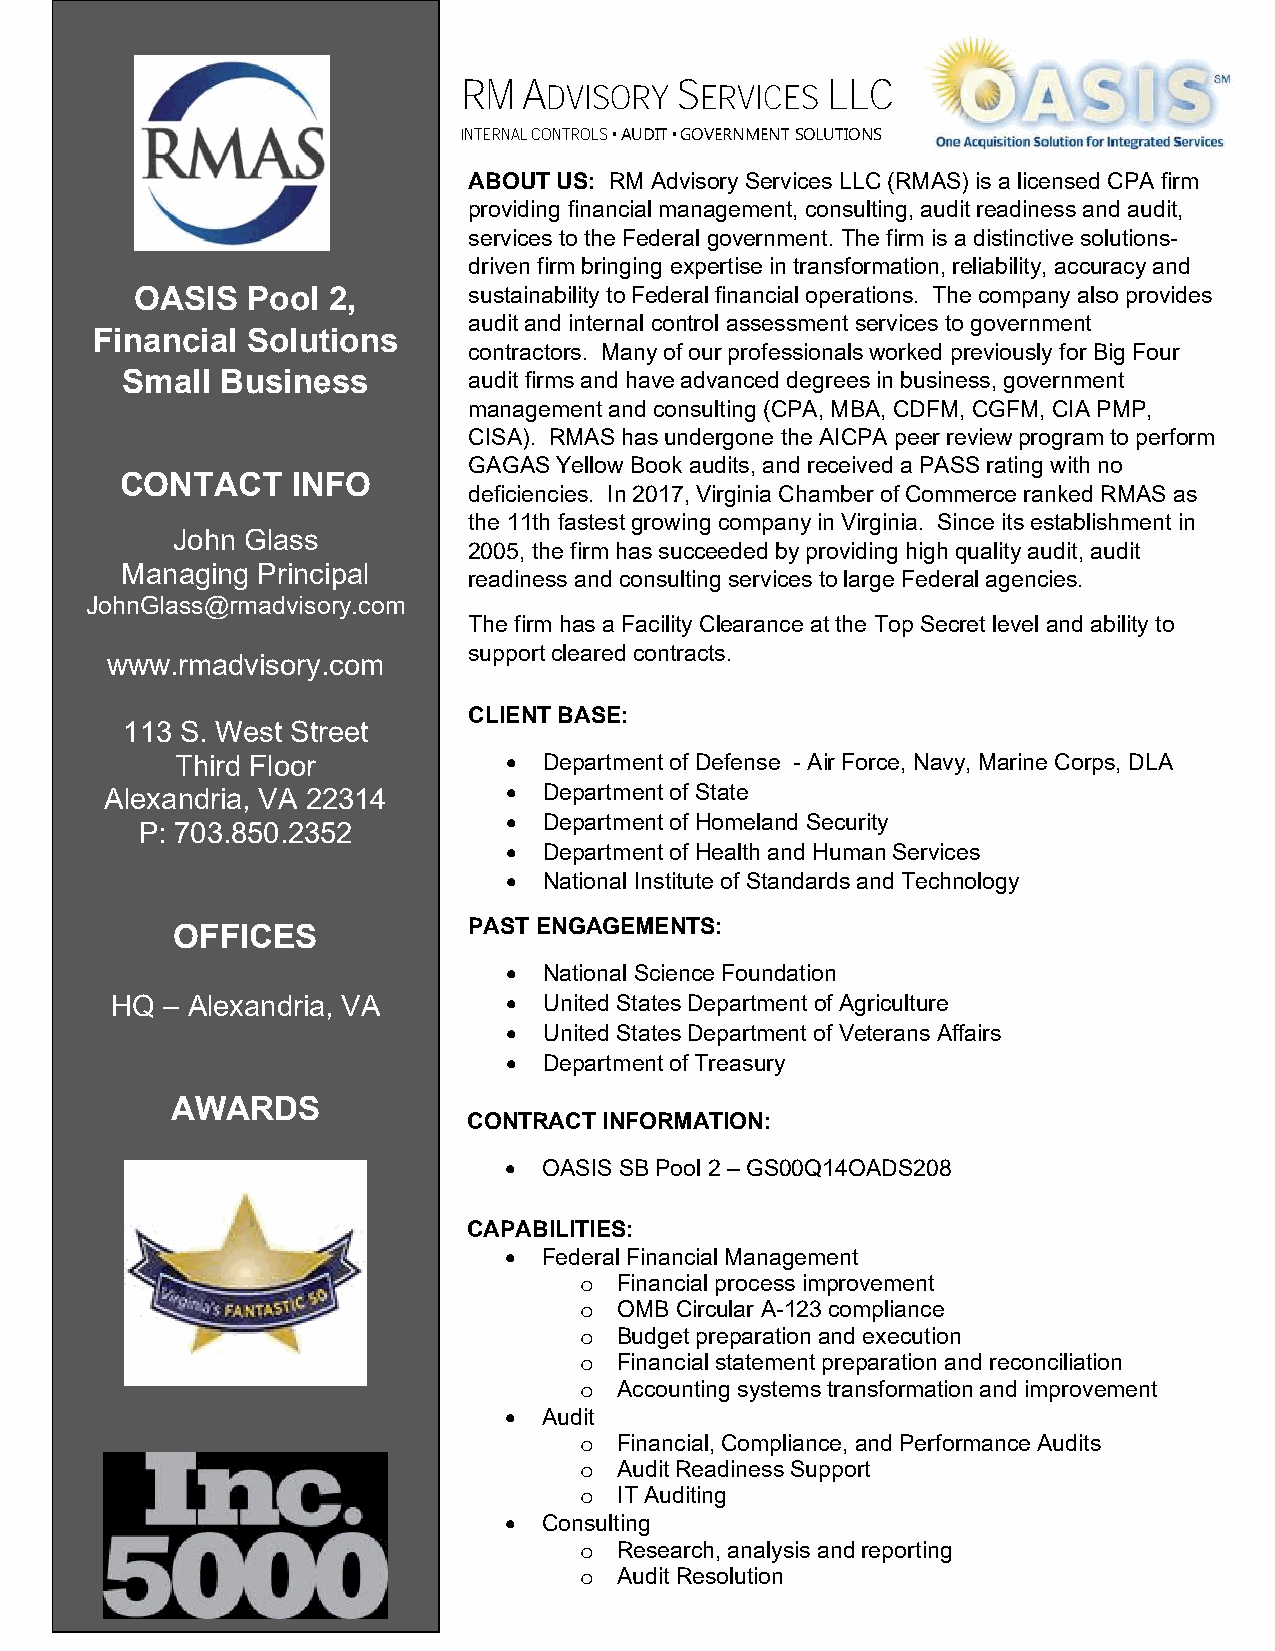
RM  A         S         LLC
 DVISORY   ERVICES
 INTERNAL CONTROLS • AUDIT • GOVERNMENT SOLUTIONS
 ABOUT US: RM Advisory Services LLC (RMAS) is a licensed CPA firm
 providing financial management, consulting, audit readiness and audit,
 services to the Federal government. The firm is a distinctive solutions-
 driven firm bringing expertise in transformation, reliability, accuracy and
 OASIS  Pool  2,       sustainability to Federal financial operations. The company also provides
 audit and internal control assessment services to government
 Financial Solutions
 contractors. Many of our professionals worked previously for Big Four
 Small  Business        audit firms and have advanced degrees in business, government
 management and consulting (CPA, MBA, CDFM, CGFM, CIA PMP,
 CISA). RMAS has undergone the AICPA peer review program to perform
 GAGAS Yellow Book audits, and received a PASS rating with no
 CONTACT    INFO
 deficiencies. In 2017, Virginia Chamber of Commerce ranked RMAS as
 the 11th fastest growing company in Virginia. Since its establishment in
 John Glass
 2005, the firm has succeeded by providing high quality audit, audit
 Managing Principal
 readiness and consulting services to large Federal agencies.
 JohnGlass@rmadvisory.com
 The firm has a Facility Clearance at the Top Secret level and ability to
 support cleared contracts.
 www.rmadvisory.com
 CLIENT BASE:
 113 S. West Street
 Third Floor          •  Department of Defense - Air Force, Navy, Marine Corps, DLA
 Alexandria, VA 22314      •  Department of State
 •  Department of Homeland Security
 P: 703.850.2352
 •  Department of Health and Human Services
 •  National Institute of Standards and Technology
 PAST ENGAGEMENTS:
 OFFICES
 •  National Science Foundation
 HQ  – Alexandria, VA      •  United States Department of Agriculture
 •  United States Department of Veterans Affairs
 •  Department of Treasury
 AWARDS
 CONTRACT INFORMATION:
 •  OASIS SB Pool 2 – GS00Q14OADS208
 CAPABILITIES:
 •  Federal Financial Management
 o  Financial process improvement
 o  OMB Circular A-123 compliance
 o  Budget preparation and execution
 o  Financial statement preparation and reconciliation
 o  Accounting systems transformation and improvement
 •  Audit
 o  Financial, Compliance, and Performance Audits
 o  Audit Readiness Support
 o  IT Auditing
 •  Consulting
 o  Research, analysis and reporting
 o  Audit Resolution